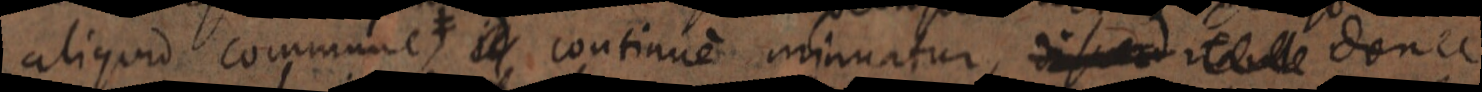
aliquid communes ≠ id continuem minuatur, di sed _ donec